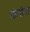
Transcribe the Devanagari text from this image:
मांगांना